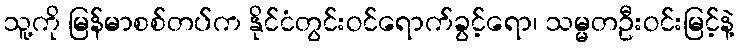
သူ့ကို မြန်မာစစ်တပ်က နိုင်ငံတွင်းဝင်ရောက်ခွင့်ရော၊ သမ္မတဦးဝင်းမြင့်နဲ့